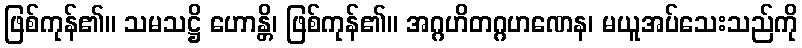
ဖြစ်ကုန်၏။ သမသဋ္ဌိ ဟောန္တိ၊ ဖြစ်ကုန်၏။ အဂ္ဂဟိတဂ္ဂဟဏေန၊ မယူအပ်သေးသည်ကို